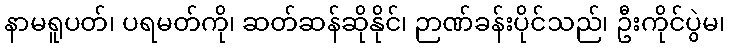
နာမရူပတ်၊ ပရမတ်ကို၊ ဆတ်ဆန်ဆိုနိုင်၊ ဉာဏ်ခန်းပိုင်သည်၊ ဦးကိုင်ပွဲမ၊